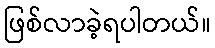
ဖြစ်လာခဲ့ရပါတယ်။